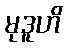
မုဒူဟိ